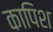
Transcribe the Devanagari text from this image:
कापिश